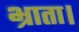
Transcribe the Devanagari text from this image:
भ्राता।